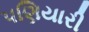
પણિયારી